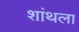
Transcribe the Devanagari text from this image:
शांथला